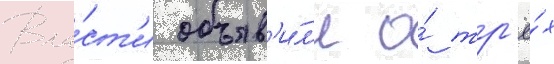
Вла́ст'и объяв'и́л'и о́ тр'ё́х